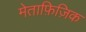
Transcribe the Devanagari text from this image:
मेताफ़िज़िक